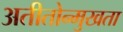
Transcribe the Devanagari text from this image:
अतीतोन्मुखता